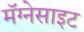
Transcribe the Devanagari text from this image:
मॅग्नेसाइट